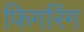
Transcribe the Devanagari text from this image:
फिगरिंग